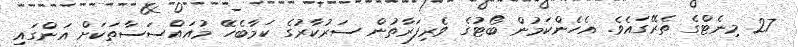
27 މިނެޓްގެ ތެރޭގައެެވެ. އެހެންކަމުން ބޯޓުގެ ވެރިފަރާތުން ސަރުކާރުގެ ކަމާބެހޭ މުއައްސަސާތަކަށް އަންގައި